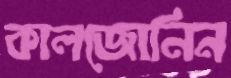
কালজোনিন